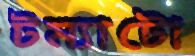
টম্যাটো